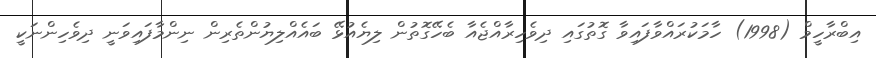
އިބްރާހީމް (1998) ހާމަކުރައްވާފައިވާ ގޮތުގައި ދިވެހިރާއްޖެއާ ބެހޭގޮތުން ލިޔެއުޅޭ ބައެއްލިޔުންތެރިން ނިންމާފައިވަނީ ދިވެހިންނަކީ